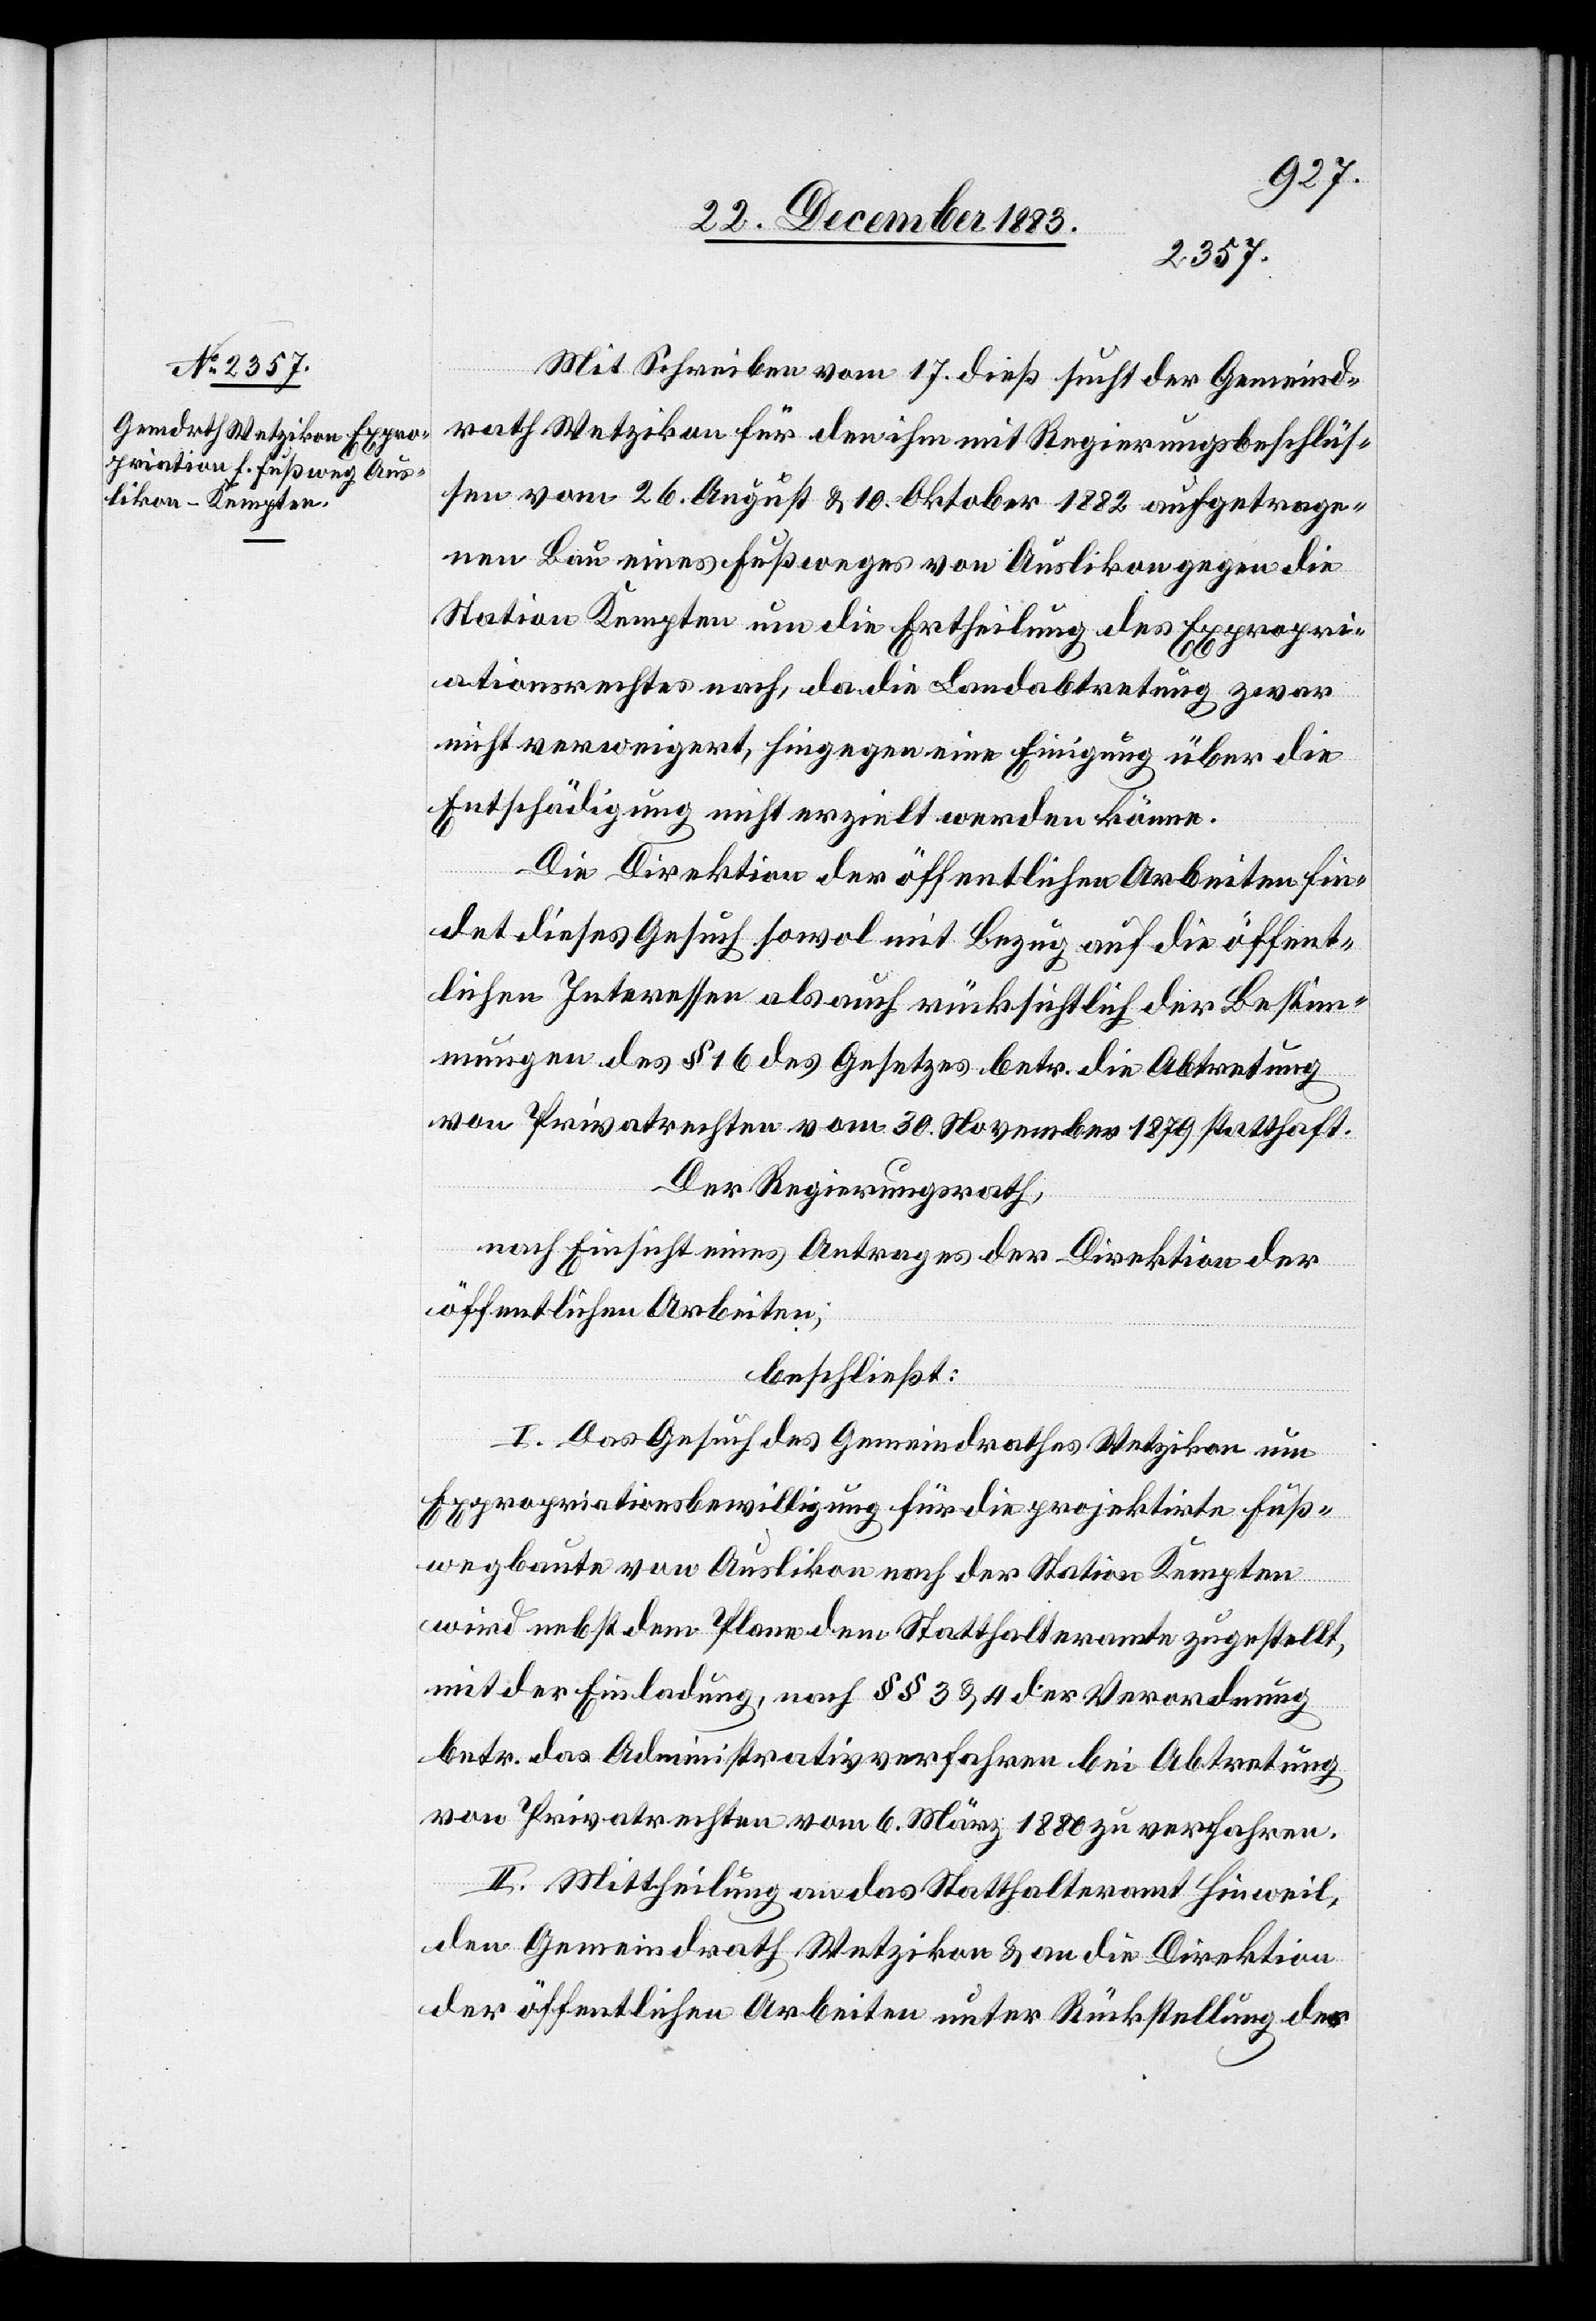
Mit Schreiben vom 17. dieß such der Gemeind¬
rath Wetzikon für den ihm mit Regierungsbeschlüs¬
sen vom 26. August & 10. Oktober 1882 aufgetrage¬
nen Bau eines Fußweges von Auslikon gegen die
Station Kempten um die Ertheilung des Expropri¬
ationsrechtes nach, da die Landabtretung zwar
nicht verweigert, hingegen eine Einigung über die
Entschädigung nicht erzielt werden könne.
Die Direktion der öffentlichen Arbeiten fin¬
det dieses Gesuch sowol mit Bezug auf die öffent¬
lichen Interessen als auch rücksichtlich der Bestim¬
mungen des § 16 des Gesetzes betr. die Abtretung
von Privatrechten vom 30. November 187 statthaft.
Der Regierungsrath,
nach Einsicht eines Antrages der Direktion der
öffentlichen Arbeiten,
beschließt:
I. Das Gesuch des Gemeindrathes Wetzikon um
Expropriationsbewilligung für die projektirte Fuß¬
wegbaute von Auslikon nach der Station Kempten
wird nebst dem Plane dem Statthalteramte zugestellt,
mit der Einladung, nach §§ 3 & 4 der Verordnung
betr. dass Administrativverfahren bei Abtretung
von Privatrechten vom 6. März 1880 zu verfahren.
II. Mittheilung an das Statthalteramt Hinweil,
den Gemeindrath Wetzikon & an die Direktion
der öffentlichen Arbeiten unter Rückstellung des